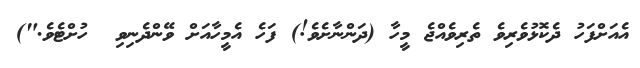
އެއަށްފަހު ދެކޮޅުވެރިވެ ތެރިވެއްޖެ މީހާ (ދަންނާށެވެ!) ފަހެ އެމީހާއަށް ވޭންދެނިވި  ހުށްޓެވެ.")